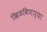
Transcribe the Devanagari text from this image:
खिळविणार्‍या